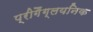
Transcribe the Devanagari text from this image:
प्रीगैंग्लयनिक